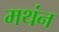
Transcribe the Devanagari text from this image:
मथंन